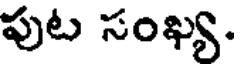
పుట సంఖ్య.